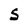
Character: S